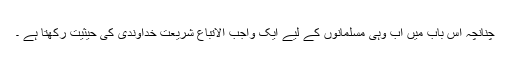
چنانچہ اِس باب میں اب وہی مسلمانوں کے لیے ایک واجب الاتباع شریعت ِخداوندی کی حیثیت رکھتا ہے ۔